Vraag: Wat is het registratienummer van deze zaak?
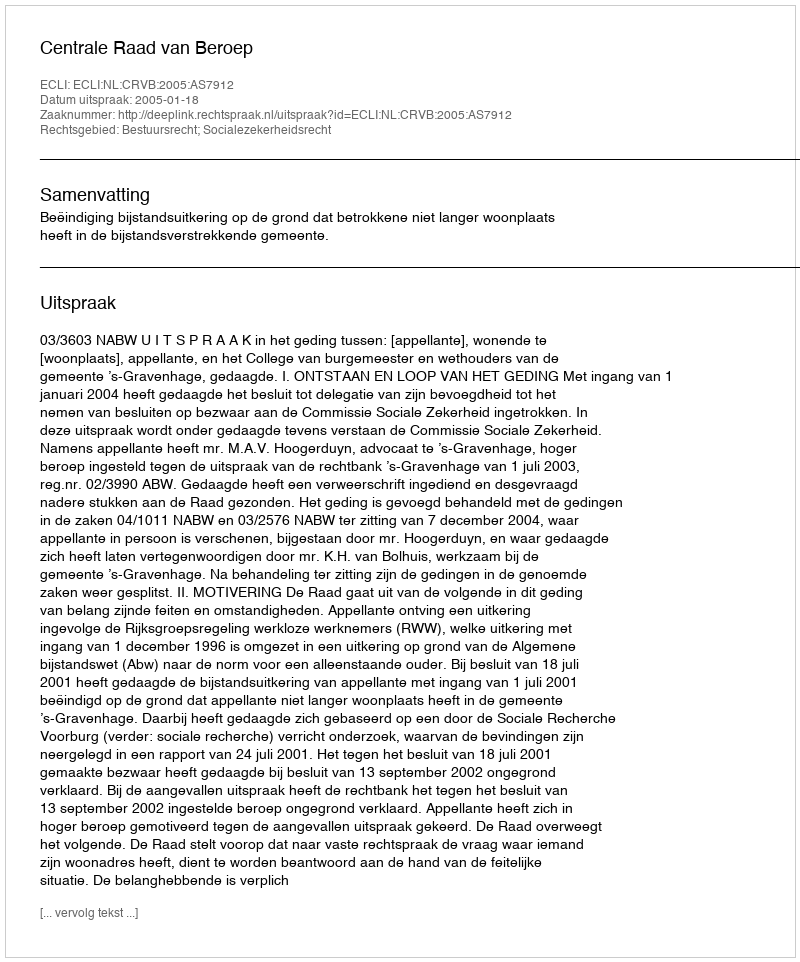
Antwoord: http://deeplink.rechtspraak.nl/uitspraak?id=ECLI:NL:CRVB:2005:AS7912